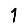
Digit: 1